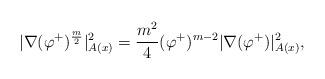
LaTeX: \begin{align*}|\nabla (\varphi^{+})^{\frac{m}{2}}|^2_{A(x)} = \frac{m^2}{4} (\varphi^{+})^{m-2} |\nabla (\varphi^{+})|^2_{A(x)},\end{align*}